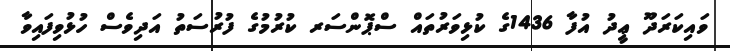
ވައިކަރަދޫ ޢީދު އުފާ 1436ގެ ކުޅިވަރުތައް ސްޕޮންސަރ ކުރުމުގެ ފުރުސަތު އަދިވެސް ހުޅުވިފައިވާ